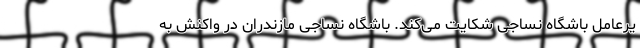
یرعامل باشگاه نساجی شکایت می‌کند. باشگاه نساجی مازندران در واکنش به